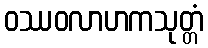
ဝဿဝလာဟကသုတ္တံ